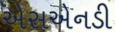
એસએનડી